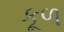
કૂળ